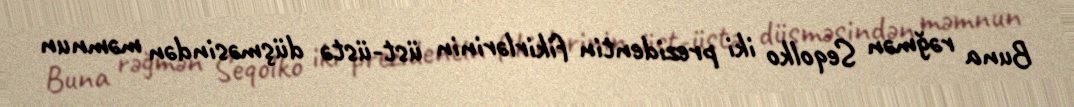
Buna rəğmən Seqolko iki prezidentin fikirlərinin üst-üstə düşməsindən məmnun